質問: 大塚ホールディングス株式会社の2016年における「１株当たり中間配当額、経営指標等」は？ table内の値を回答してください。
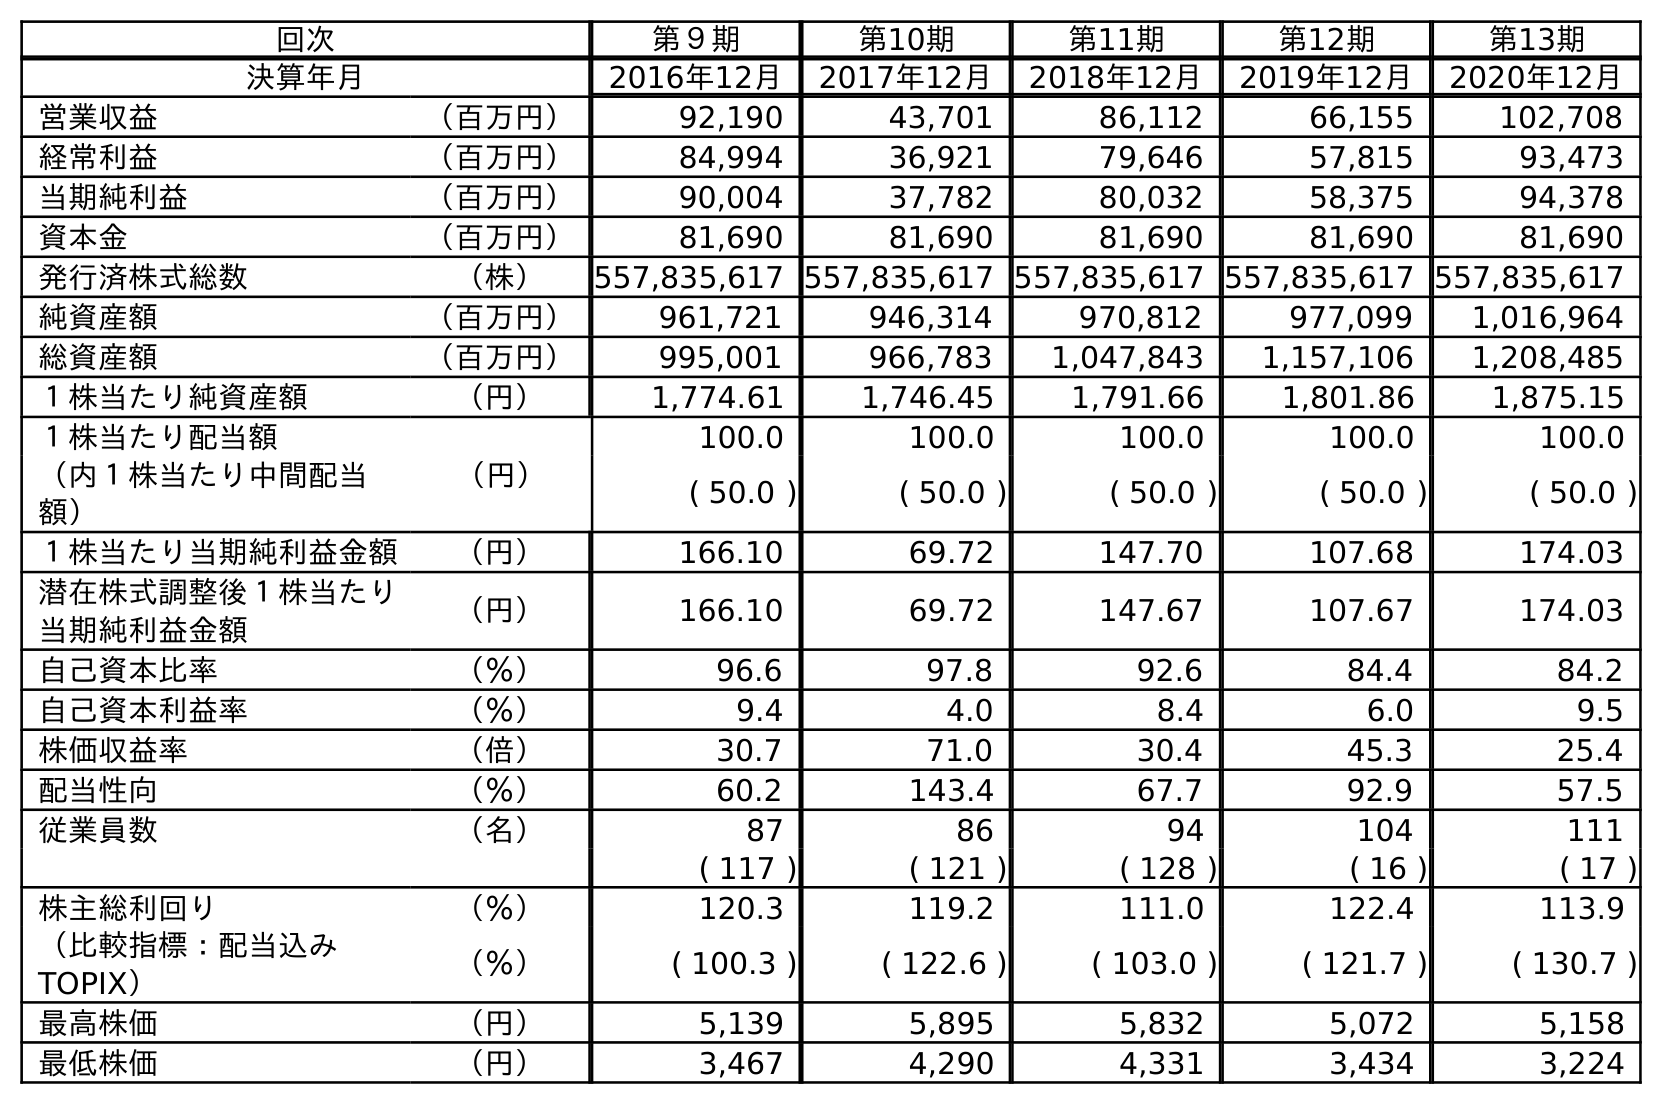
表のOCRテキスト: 回次 第９期 第10期 第11期 第12期 第13期 決算年月 2016年12月 2017年12月 2018年12月 2019年12月 2020年12月 営業収益 （百万円） 92,190 43,701 86,112 66,155 102,708 経常利益 （百万円） 84,994 36,921 79,646 57,815 93,473 当期純利益 （百万円） 90,004 37,782 80,032 58,375 94,378 資本金 （百万円） 81,690 81,690 81,690 81,690 81,690 発行済株式総数 （株） 557,835,617 557,835,617 557,835,617 557,835,617 557,835,617 純資産額 （百万円） 961,721 946,314 970,812 977,099 1,016,964 総資産額 （百万円） 995,001 966,783 1,047,843 1,157,106 1,208,485 １株当たり純資産額 （円） 1,774.61 1,746.45 1,791.66 1,801.86 1,875.15 １株当たり配当額 （円） 100.0 100.0 100.0 100.0 100.0 （内１株当たり中間配当 額） ( 50.0 ) ( 50.0 ) ( 50.0 ) ( 50.0 ) ( 50.0 ) １株当たり当期純利益金額 （円） 166.10 69.72 147.70 107.68 174.03 潜在株式調整後１株当たり 当期純利益金額 （円） 166.10 69.72 147.67 107.67 174.03 自己資本比率 （％） 96.6 97.8 92.6 84.4 84.2 自己資本利益率 （％） 9.4 4.0 8.4 6.0 9.5 株価収益率 （倍） 30.7 71.0 30.4 45.3 25.4 配当性向 （％） 60.2 143.4 67.7 92.9 57.5 従業員数 （名） 87 86 94 104 111 ( 117 ) ( 121 ) ( 128 ) ( 16 ) ( 17 ) 株主総利回り （％） 120.3 119.2 111.0 122.4 113.9 （比較指標：配当込み TOPIX） （％） ( 100.3 ) ( 122.6 ) ( 103.0 ) ( 121.7 ) ( 130.7 ) 最高株価 （円） 5,139 5,895 5,832 5,072 5,158 最低株価 （円） 3,467 4,290 4,331 3,434 3,224
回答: (50.0)